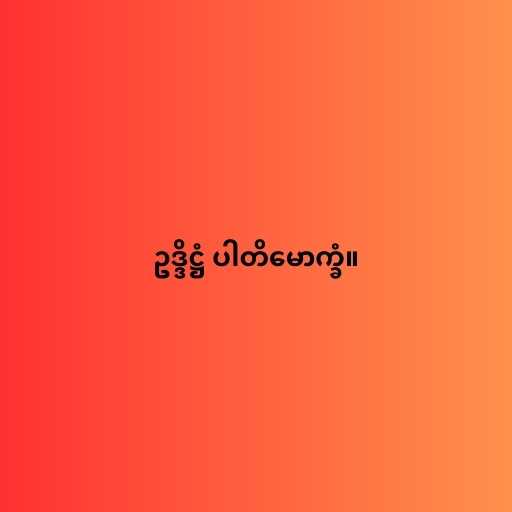
ဥဒ္ဒိဋ္ဌံ ပါတိမောက္ခံ။